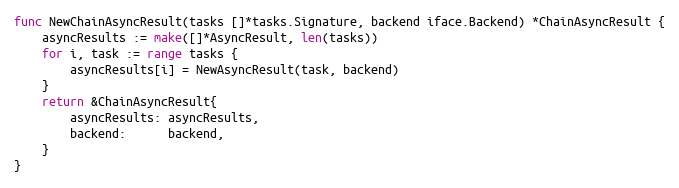
Language: Go
func NewChainAsyncResult(tasks []*tasks.Signature, backend iface.Backend) *ChainAsyncResult {
	asyncResults := make([]*AsyncResult, len(tasks))
	for i, task := range tasks {
		asyncResults[i] = NewAsyncResult(task, backend)
	}
	return &ChainAsyncResult{
		asyncResults: asyncResults,
		backend:      backend,
	}
}